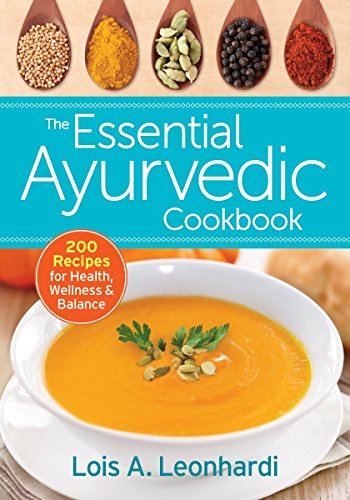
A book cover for The Essential Ayurvedic Cookbook: 200 Recipes for Wellness; Lois Leonhardi; Cookbooks, Food & Wine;